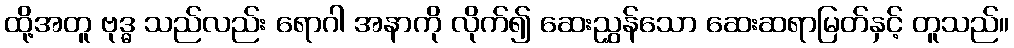
ထို့အတူ ဗုဒ္ဓ သည်လည်း ရောဂါ အနာကို လိုက်၍ ဆေးညွှန်သော ဆေးဆရာမြတ်နှင့် တူသည်။